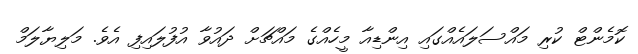
ކޮމެންޓް ކުރި މައްސަލައެއްގައި އިންޑިއާ މީހެއްގެ މައްޗަށް ދައުވާ އުފުލައިފި އެވެ. މަލިޔާލަމް